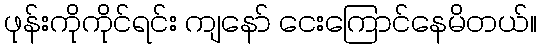
ဖုန်းကိုကိုင်ရင်း ကျနော် ငေးကြောင်နေမိတယ်။